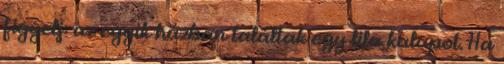
figyelj: az egyik házban találtak egy lila kalapot. Ha